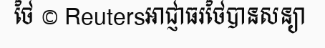
ថៃ © Reutersអាជ្ញាធរថៃបានសន្យា